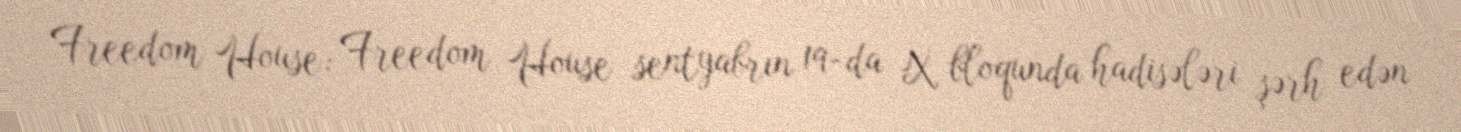
Freedom House: Freedom House sentyabrın 19-da X bloqunda hadisələri şərh edən